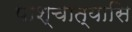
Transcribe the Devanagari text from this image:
पाश्चात्यासि